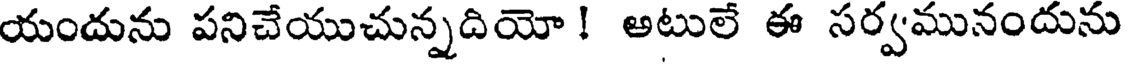
యందును పనిచేయుచున్నదియో ! అటులే ఈ సర్వమునందును